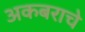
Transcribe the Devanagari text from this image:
अकबराचे